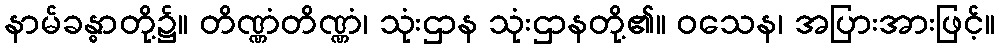
နာမ်ခန္ဓာတို့၌။ တိဏ္ဏံတိဏ္ဏံ၊ သုံးဌာန သုံးဌာနတို့၏။ ဝသေန၊ အပြားအားဖြင့်။